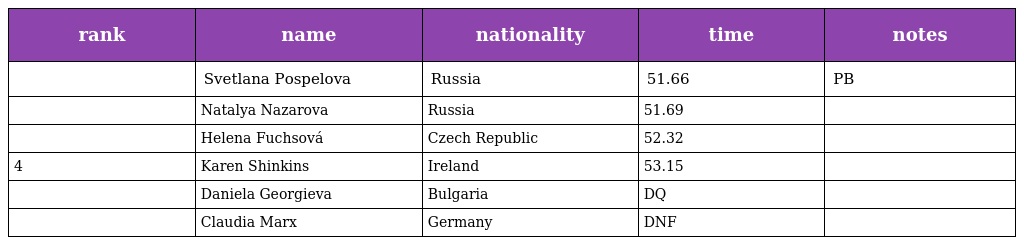
| rank | name | nationality | time | notes |
 | --- | --- | --- | --- | --- |
 |  | Svetlana Pospelova | Russia | 51.66 | PB |
 |  | Natalya Nazarova | Russia | 51.69 |  |
 |  | Helena Fuchsová | Czech Republic | 52.32 |  |
 | 4 | Karen Shinkins | Ireland | 53.15 |  |
 |  | Daniela Georgieva | Bulgaria | DQ |  |
 |  | Claudia Marx | Germany | DNF |  |